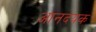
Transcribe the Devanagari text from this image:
आनदयक